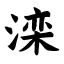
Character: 滦